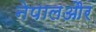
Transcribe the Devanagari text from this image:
नेपालऔर